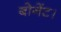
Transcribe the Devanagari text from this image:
बोनेंट।